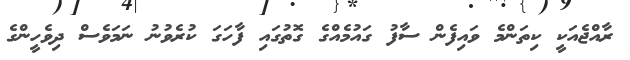
ރާއްޖެއަކީ ކިތަންމެ ވައިފެން ސާފު ގައުމެއްގެ ގޮތުގައި ފާހަގަ ކުރެވުނު ނަމަވެސް ދިވެހީންގެ